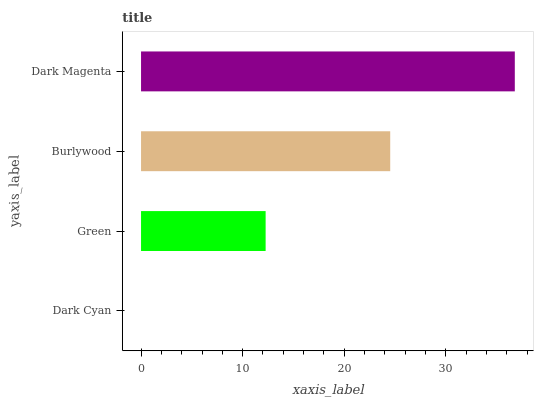
| yaxis_label | bars |
 | --- | --- |
 | Dark Cyan | 0 |
 | Green | 12.3 |
 | Burlywood | 24.5 |
 | Dark Magenta | 36.8 |